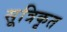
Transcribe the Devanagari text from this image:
सूत्रिकृत